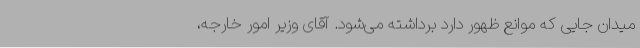
میدان جایی که موانع ظهور دارد برداشته می‌شود. آقای وزیر امور خارجه،